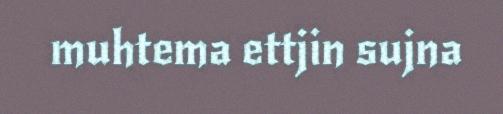
muhtema ettjin sujna